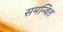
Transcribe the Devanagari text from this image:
समन्‍वित